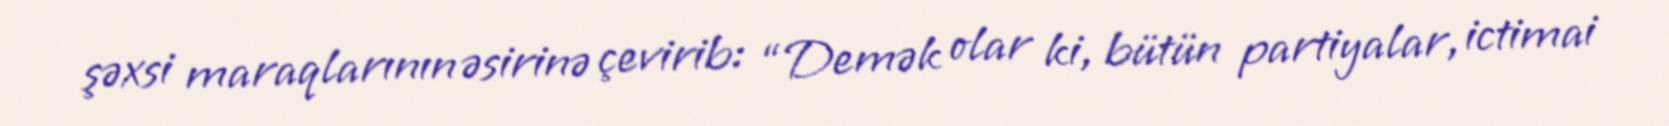
şəxsi maraqlarının əsirinə çevirib: “Demək olar ki, bütün partiyalar, ictimai